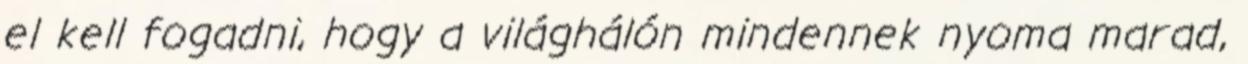
el kell fogadni, hogy a világhálón mindennek nyoma marad,